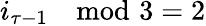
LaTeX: i_{\tau-1}\! \mod\! 3=2